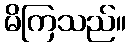
မိကြသည်။